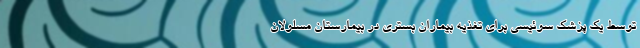
توسط یک پزشک سوئیسی برای تغذیه بیماران بستری در بیمارستان مسلولان